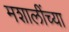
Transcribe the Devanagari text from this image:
मशालींच्या